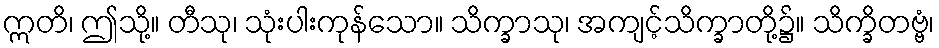
ဣတိ၊ ဤသို့။ တီသု၊ သုံးပါးကုန်သော။ သိက္ခာသု၊ အကျင့်သိက္ခာတို့၌။ သိက္ခိတဗ္ဗံ၊